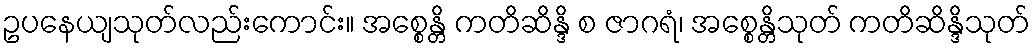
ဥပနေယျသုတ်လည်းကောင်း။ အစ္စေန္တိ ကတိဆိန္ဒိ စ ဇာဂရံ၊ အစ္စေန္တိသုတ် ကတိဆိန္ဒိသုတ်